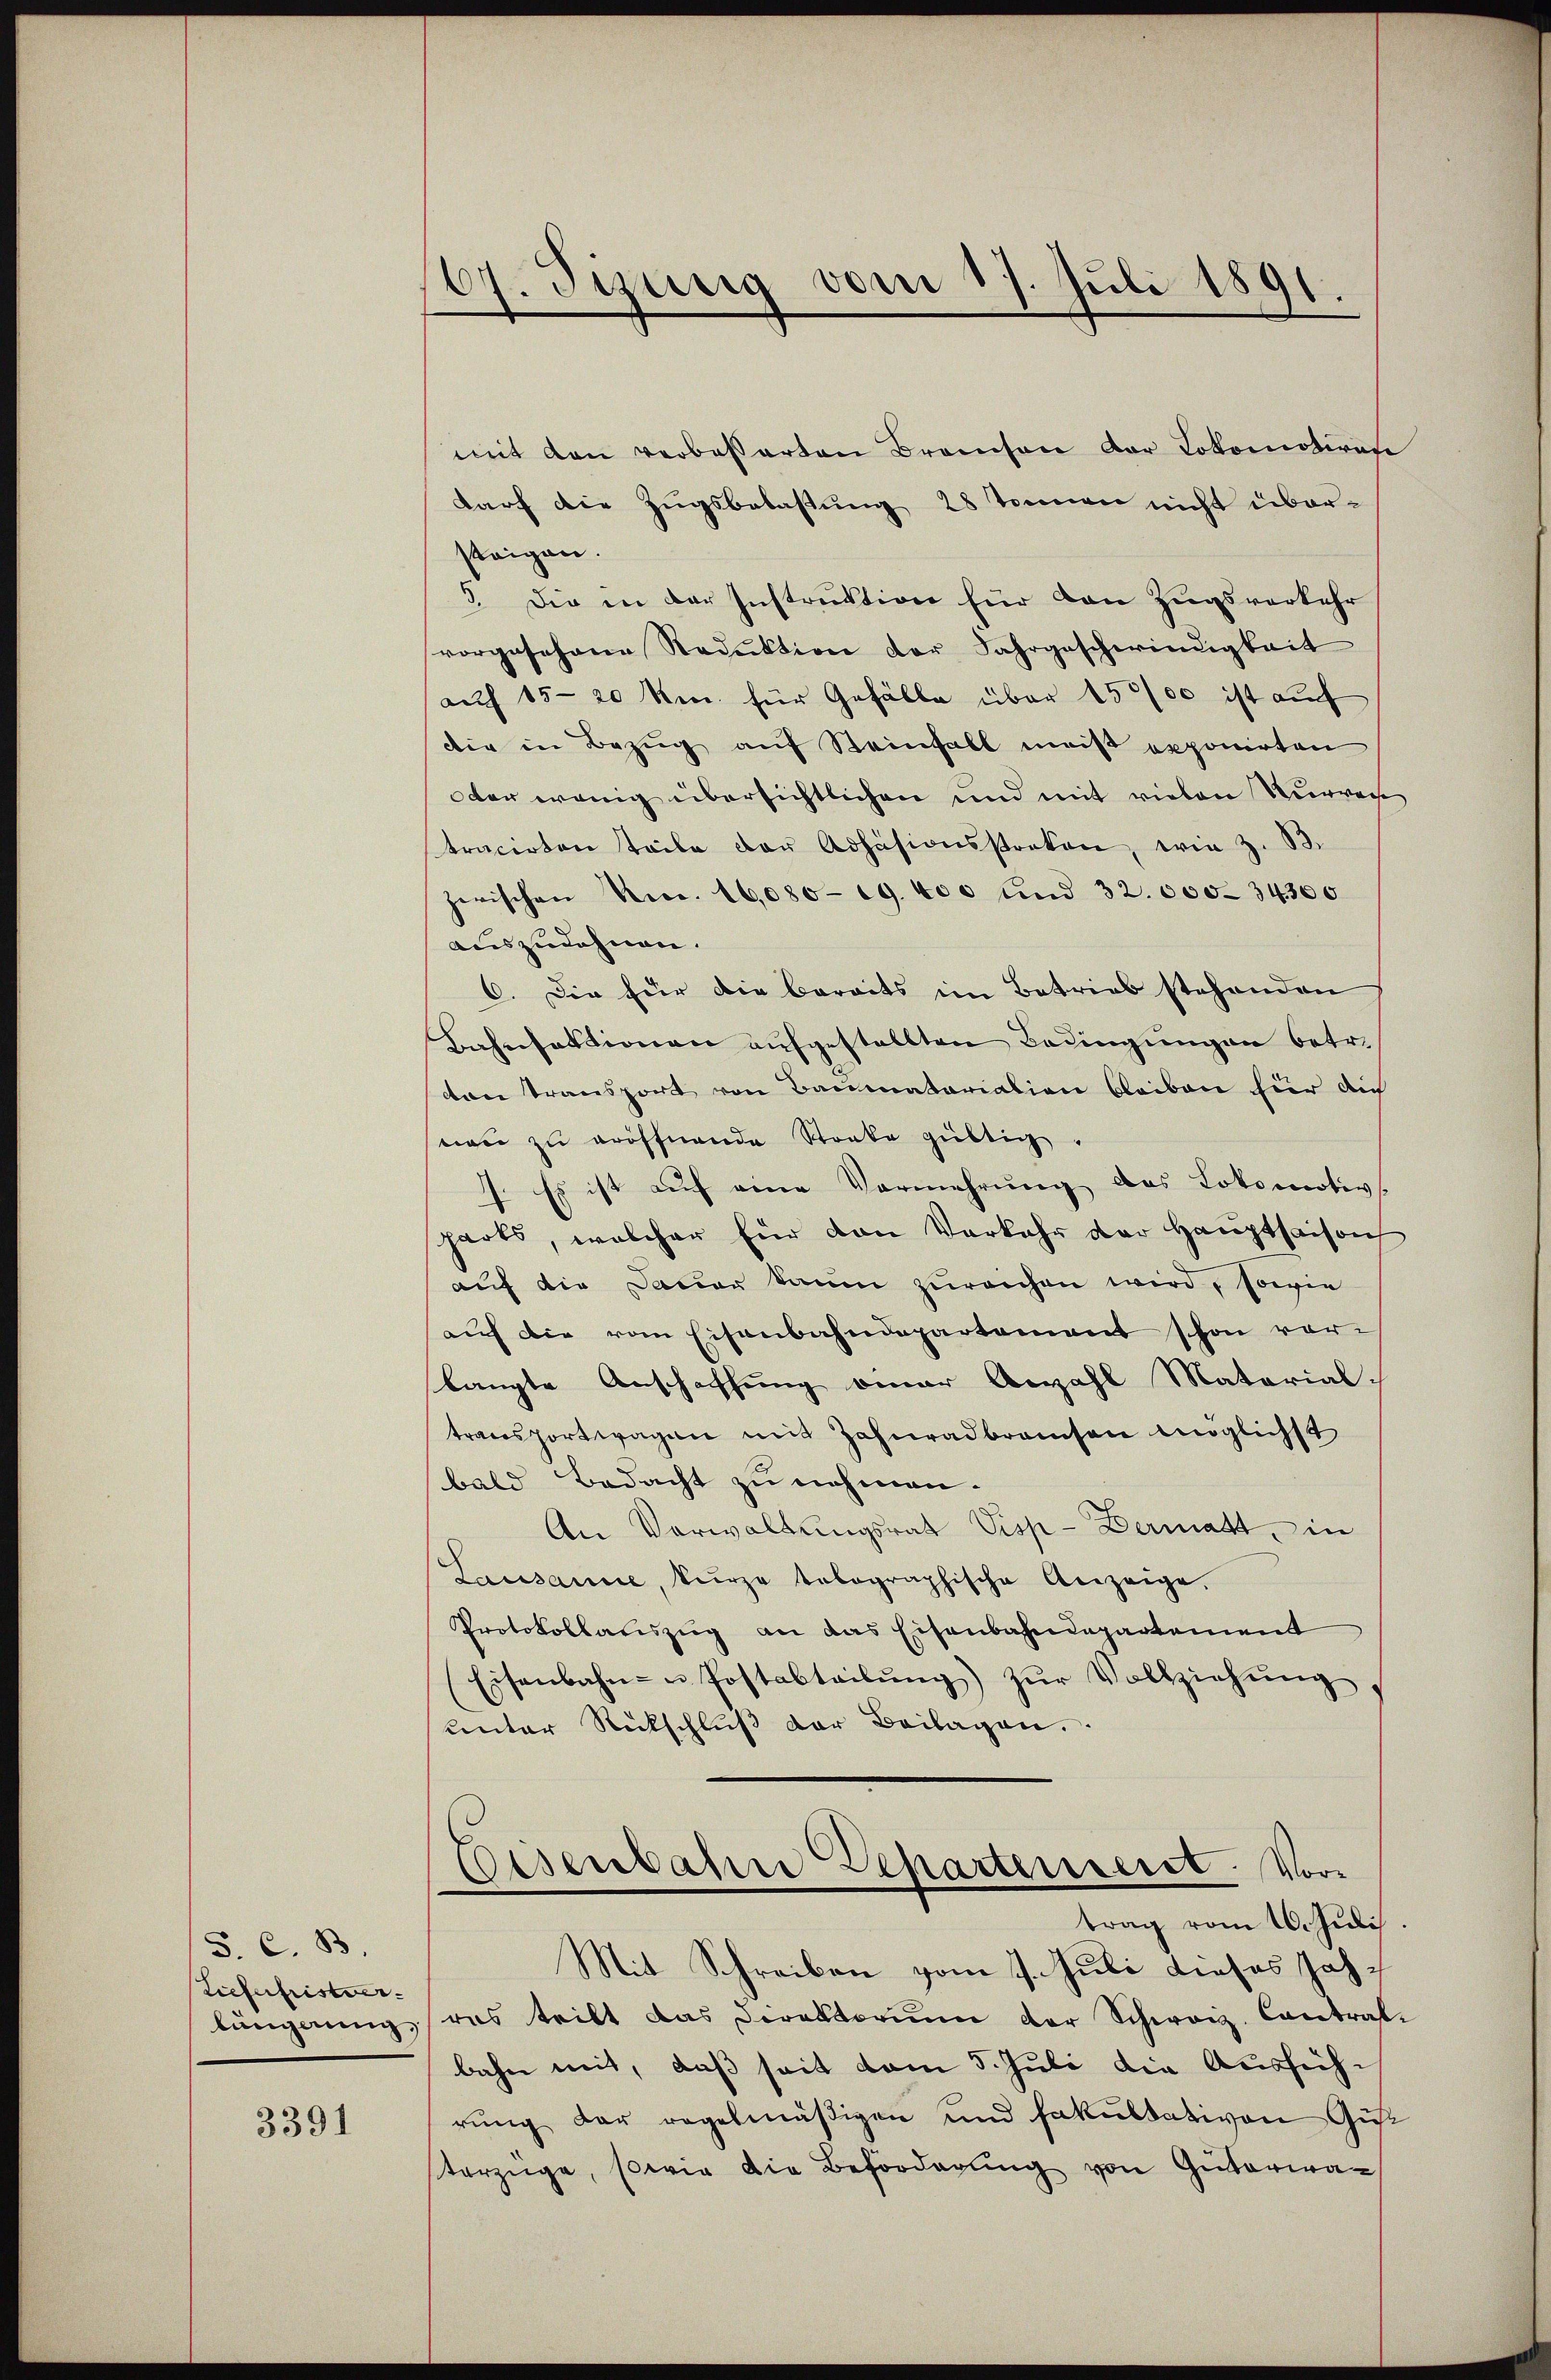
S. C. B.
Liefuhristver-
lüngerung,

3391

67. Tizung vom 17. Juli 1891.

mit den verbesserten Branchen der Lokomotiven
darf die Zŭgsbelastŭng 28 tenen nicht über-
steigen.
5. Die in der Instruktion für den Zugsverkehr
vorgesehene Reduktion der Jahrgeschwindigkeit
auf 15-20 km für Gefälle über 15000 ist auf
dir in Bezug auf Steinfall meist exponirten
oder wenig übersichtlichen und mit vielen Kurreche
tracirten teile der Adhäsionsstraten, wie z. B.
zerischen Necc. 16,080. 19. 400 und 32. 000-34300
auszudehnen.
6. Die für die bereits im Betrieb stehenden
Bahnfaktionen aufgestellten Bedingungen betr.
ton Transport von Baumatariation bleiben für die
wie zŭ eröffnende Stocke gültig.
7. Es ist auf eine Vermehrung des Lokomotiv-
harts, welcher für den Verkehr der Hauptsaison
auf die Dauer kaum zureichen wird, sowie
auf die vom Eisenbahndepartement schon vor-
langte Anschaffung einer Anzahl Material-
transportwagen mit Zahnradbraisen möglichst
bald Bedacht zu nehmen.
An Verwaltungsrath Visp - Dermatt, in
Lausanne, kurze tolographische Anzeige.
Protokollauszug an das Eisenbahndepartement
Eisenbahn- u Postabteilŭng) zŭr Vollziehŭng
unter Rückschlŭβ der Beilagen.
Colsenbahne Departenseret. Vortrag vom 16. Juli.
Mit Schreiben vom 7. Juli dieses Jahres tritt das Direktorium der Schweiz. Contratbahn mit, daß seit vom 5. Juli die Ausführung der regelmäßigen und fakultativen Gust
torzüge, sowie die Beförderung von Güterwan